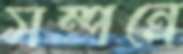
সম্পন্রে